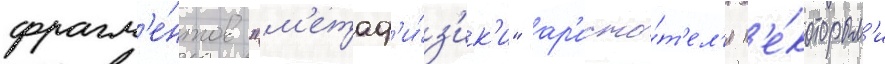
фрагм'е́нтов "м'етаф'и́з'ик'и" ар'исто́т'ел'я н'е́которым'и